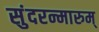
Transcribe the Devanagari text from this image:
सुंदरन्मारुम्